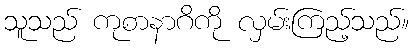
သူသည် ကုစာနာဂိကို လှမ်းကြည့်သည်။